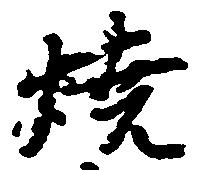
焼